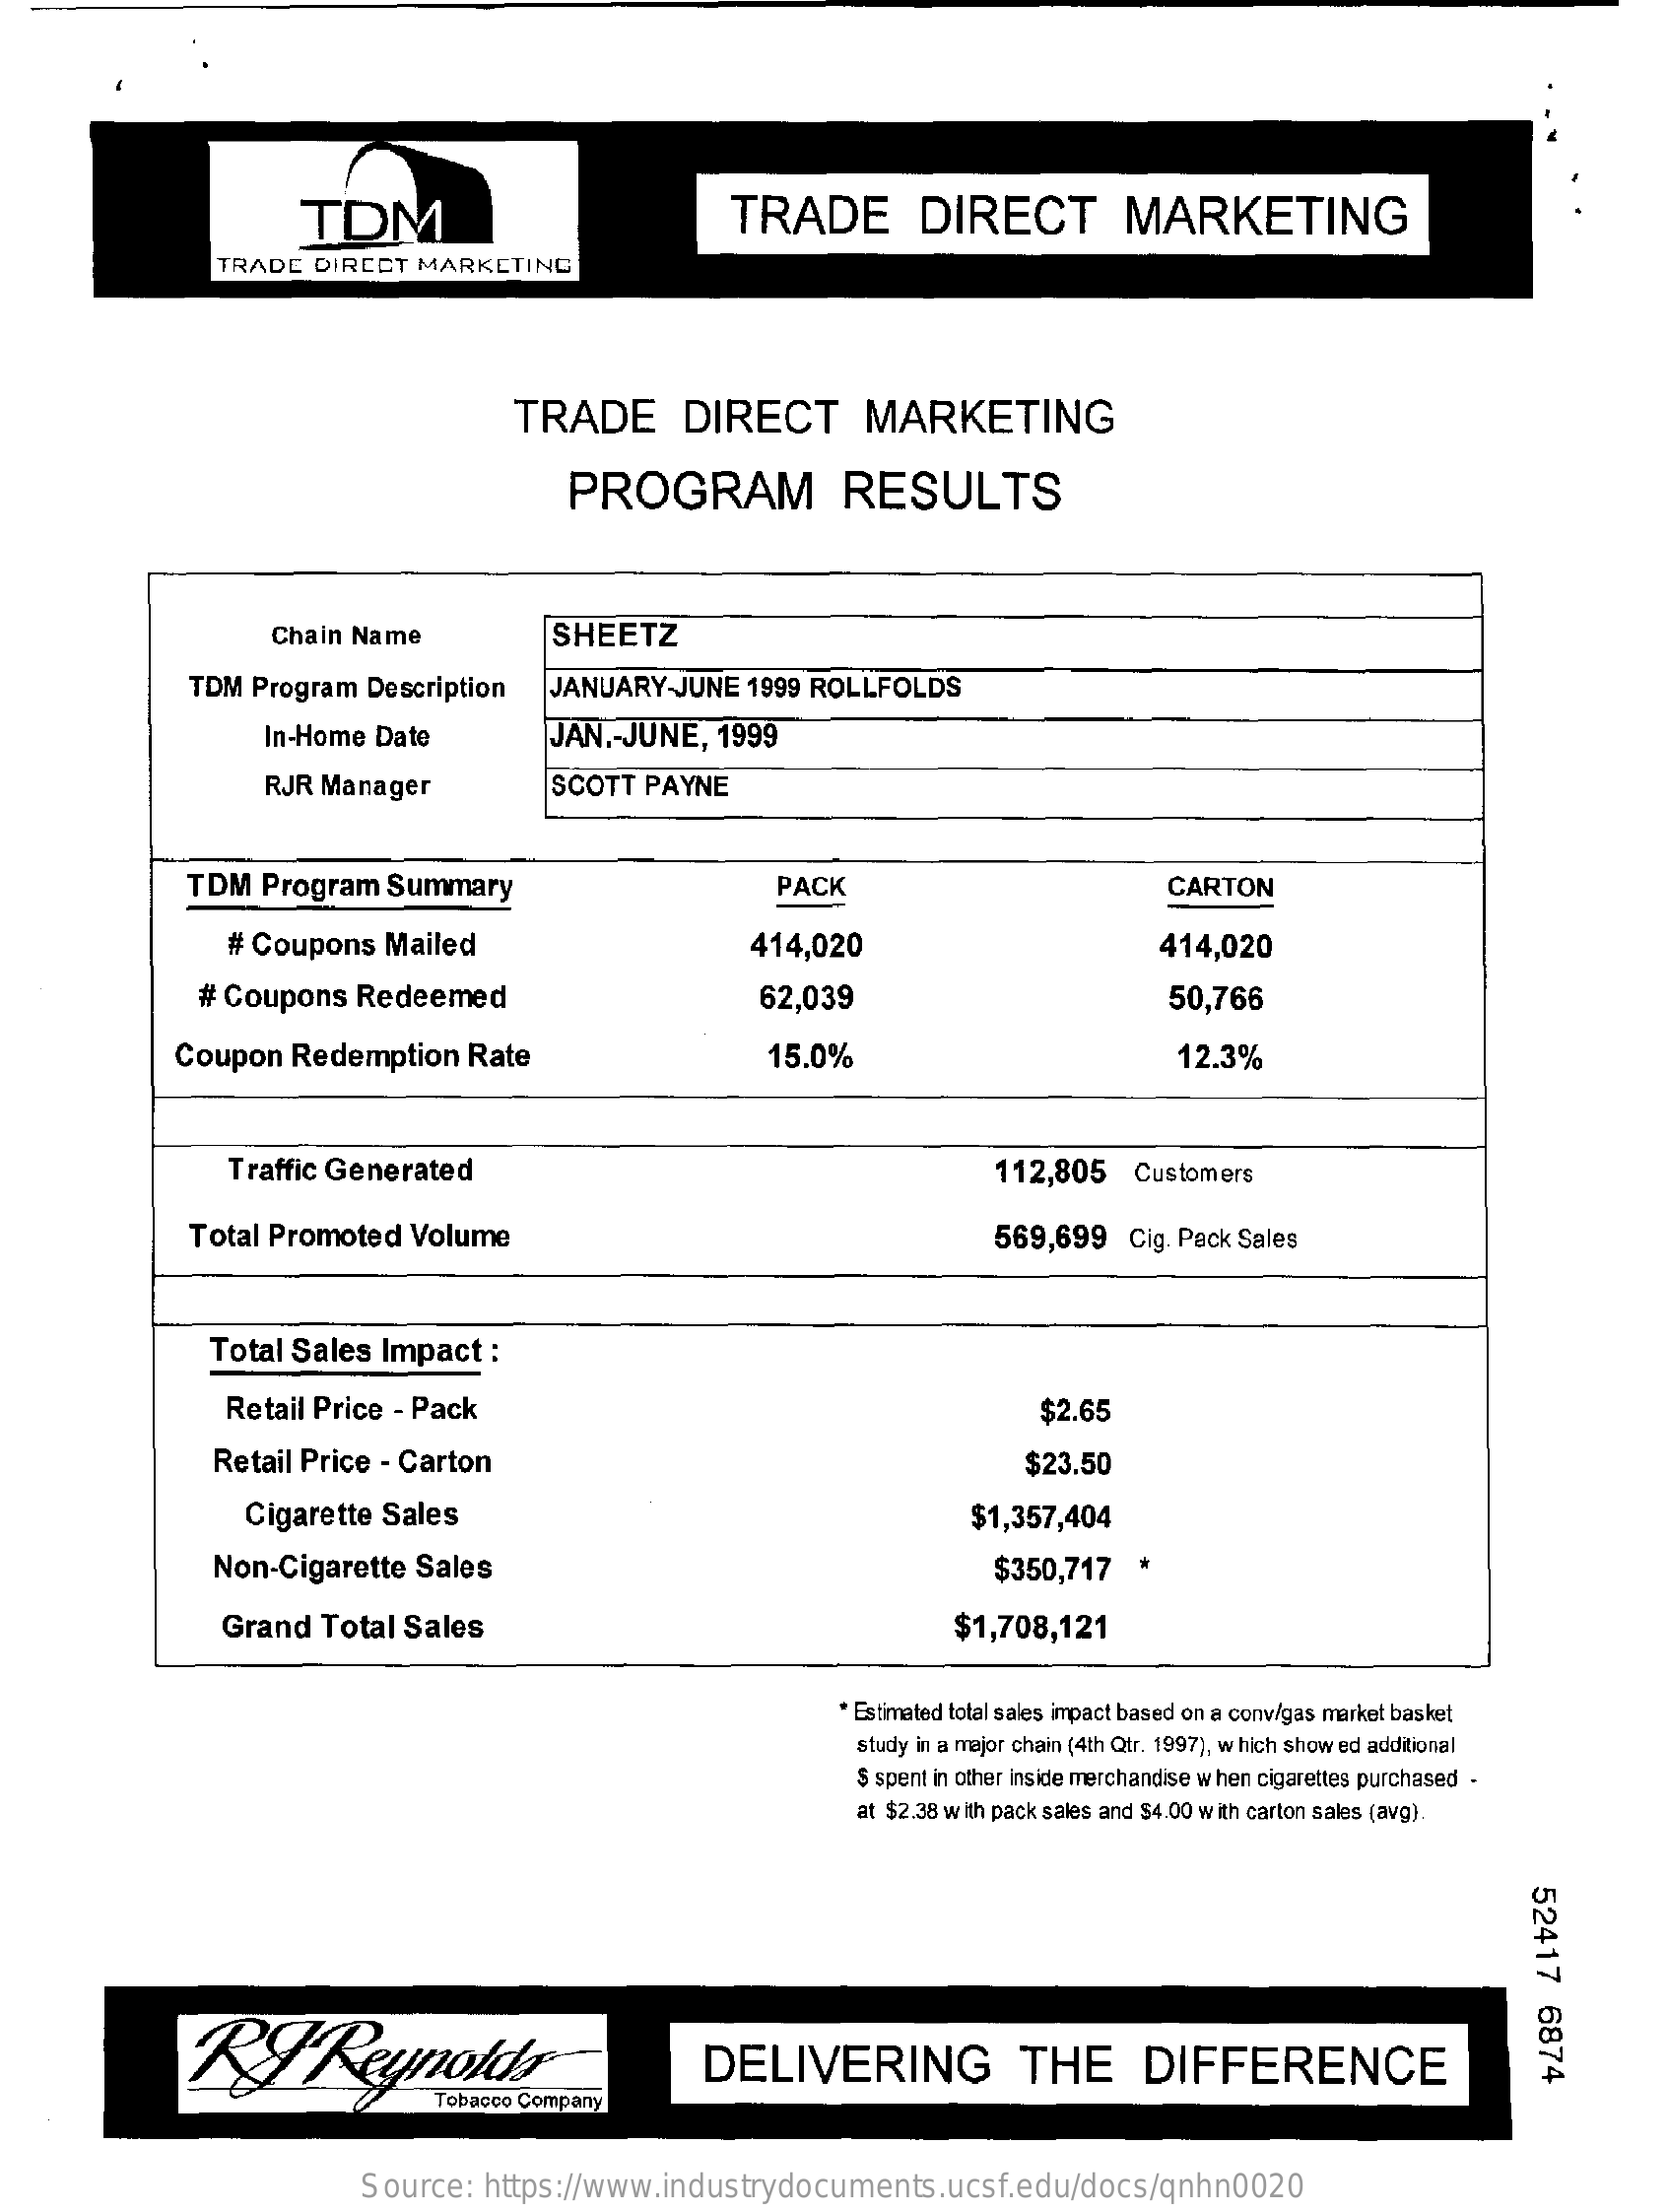
TDM    TRADE    DIRECT    MARKETING
     TRADE DIRECT MARKETING
     TRADE    DIRECT    MARKETING
     PROGRAM    RESULTS
     Chain Name    SHEETZ
     TDM Program Description JANUARY-JUNE 1999 ROLLFOLDS
     In-Home Date    JAN .- JUNE, 1999
     RJR Manager    SCOTT PAYNE
     TDM Program Summary    PACK    CARTON
     # Coupons Mailed    414,020    414,020
     # Coupons Redeemed    62,039    50,766
     Coupon Redemption Rate    15.0%    12.3%
     Traffic Generated    112,805 Customers
     Total Promoted Volume    569,699 Cig. Pack Sales
     Total Sales Impact :
     Retail Price - Pack    $2.65
     Retail Price - Carton    $23.50
     Cigarette Sales    $1,357,404
     Non-Cigarette Sales    $350,717
     Grand Total Sales    $1,708,121
     * Estimated total sales impact based on a conv/gas market basket
     study in a major chain (4th Qtr. 1997), which show ed additional
     $ spent in other inside merchandise when cigarettes purchased -
     at $2.38 with pack sales and $4.00 with carton sales (avg).
     52417
     6874 RFReynolds® DELIVERING THE DIFFERENCE
     Tobacco Company
     Source: https://www.industrydocuments.ucsf.edu/docs/qnhn0020